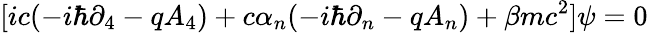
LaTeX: \lbrack ic(-i\hbar\partial_{4}-qA_{4})+c\alpha_{n}(-i\hbar\partial_{n}-qA_{n})+\beta mc^{2}]\psi=0